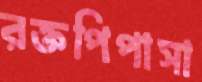
রক্তপিপাসা